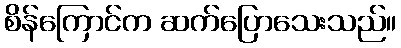
စိန်ကြောင်က ဆက်ပြောသေးသည်။